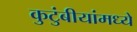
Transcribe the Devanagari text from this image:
कुटुंबीयांमध्ये